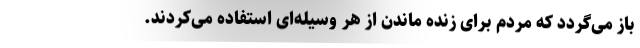
باز می‌گردد که مردم برای زنده ماندن از هر وسیله‌ای استفاده می‌کردند.